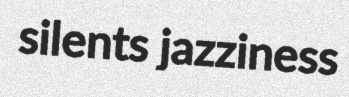
silents jazziness